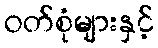
ဝတ်စုံများနှင့်